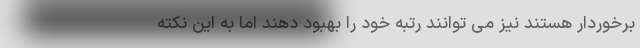
برخوردار هستند نیز می توانند رتبه خود را بهبود دهند اما به این نکته